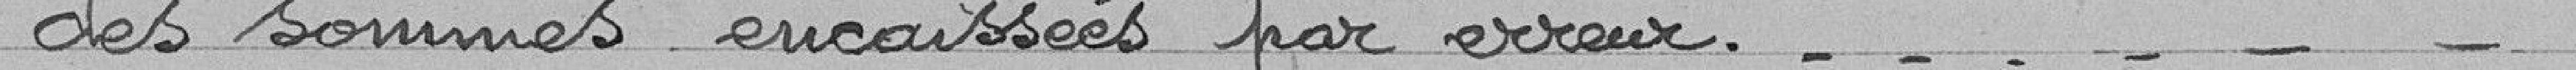
des sommes encaissées par erreur.